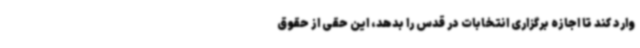
وارد کند تا اجازه برگزاری انتخابات در قدس را بدهد، این حقی از حقوق